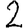
Digit: 2